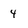
Character: 4